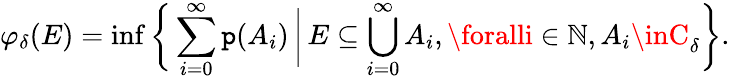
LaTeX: \varphi_{\delta}(E)=\operatorname*{inf}{\biggl\{ }\sum_{i=0}^{\infty}\mathtt{p}(A_{i})\, {\bigg|}\, E\subseteq\bigcup_{i=0}^{\infty}A_{i},\foralli\in\mathbb{{N}},A_{i}\inC_{\delta}{\biggr\} }.